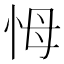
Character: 𢘃